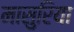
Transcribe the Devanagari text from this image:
मासुरिया